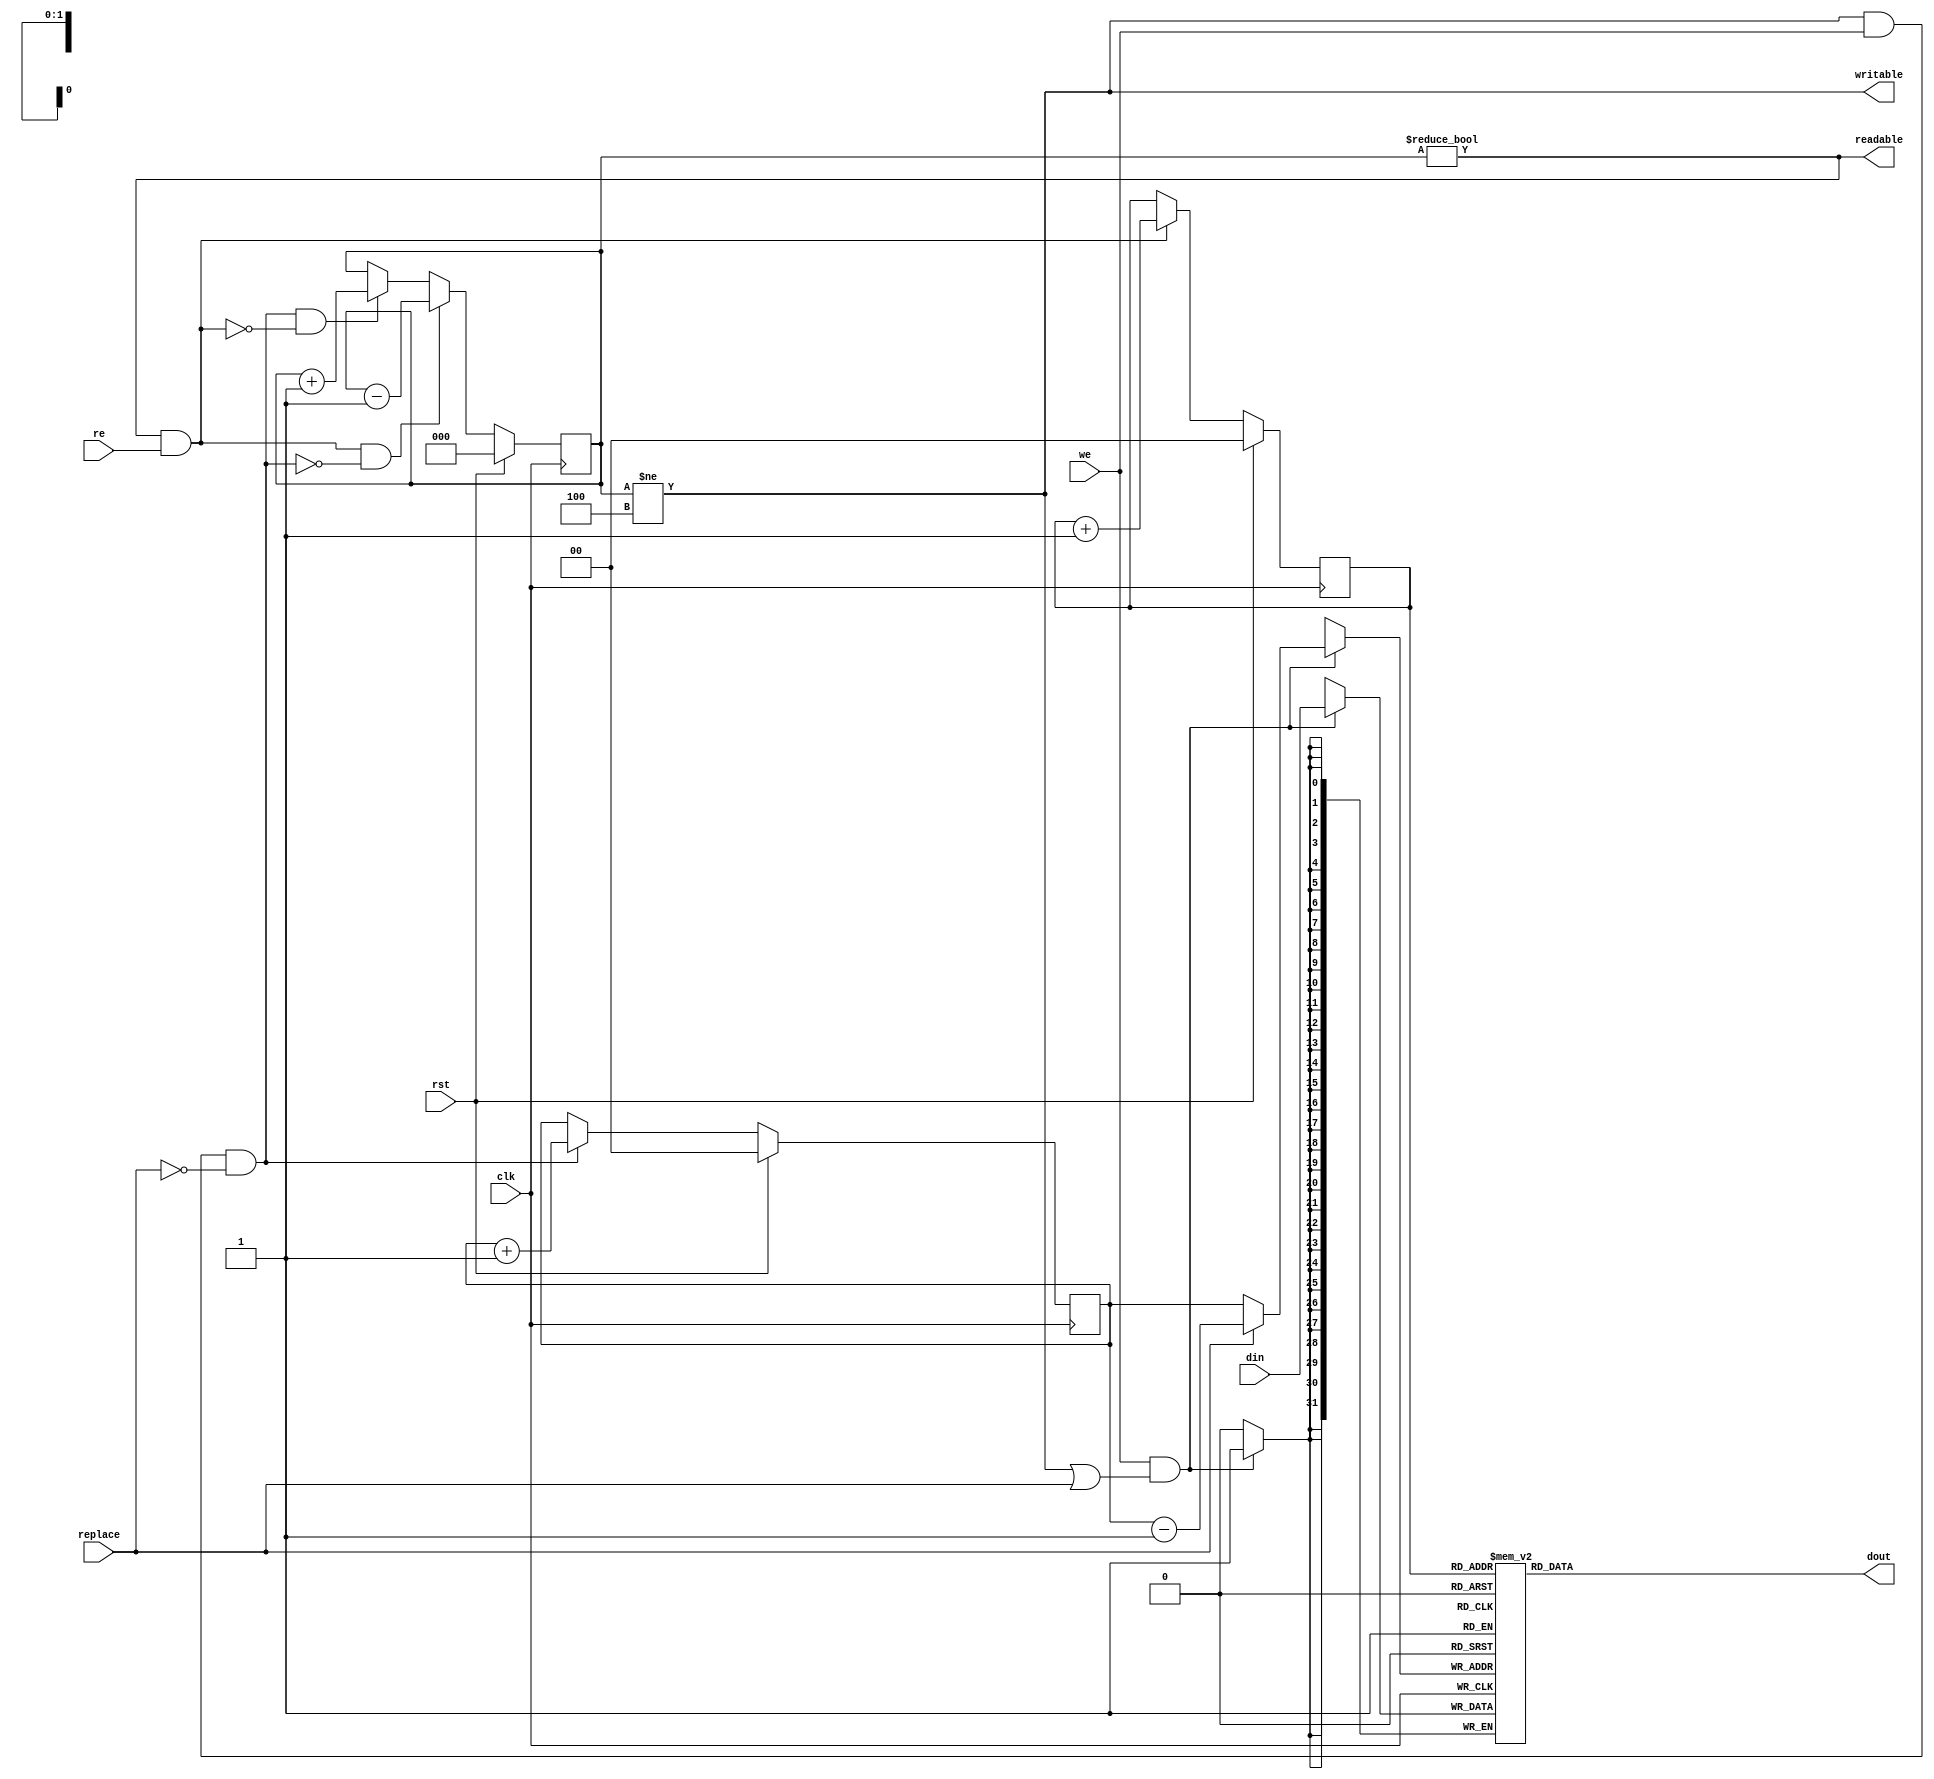
/* Generated by Yosys 0.8+     369 (git sha1 ea0e0722, clang 10.0.1 -fPIC -Os) */

(* \nmigen.hierarchy  = "top.fifo32" *)
(* generator = "nMigen" *)
module fifo32(we, replace, re, rst, clk, writable, readable, dout, din);
  wire \$11 ;
  wire \$13 ;
  wire \$15 ;
  wire \$17 ;
  wire [2:0] \$19 ;
  wire \$2 ;
  wire [2:0] \$20 ;
  wire \$22 ;
  wire [2:0] \$24 ;
  wire [2:0] \$25 ;
  wire \$27 ;
  wire \$29 ;
  wire \$31 ;
  wire \$33 ;
  wire \$34 ;
  wire \$37 ;
  wire [3:0] \$39 ;
  wire \$4 ;
  wire [3:0] \$40 ;
  wire \$42 ;
  wire \$44 ;
  wire \$45 ;
  wire \$47 ;
  wire \$49 ;
  wire \$52 ;
  wire [3:0] \$54 ;
  wire [3:0] \$55 ;
  wire [2:0] \$6 ;
  wire [2:0] \$7 ;
  wire \$9 ;
  (* src = "nmigen/lib/fifo.py:156" *)
  reg [1:0] \$next\consume ;
  (* src = "nmigen/lib/fifo.py:69" *)
  reg [31:0] \$next\dout ;
  (* src = "nmigen/lib/fifo.py:138" *)
  reg [2:0] \$next\level ;
  (* src = "nmigen/lib/fifo.py:155" *)
  reg [1:0] \$next\produce ;
  (* src = "nmigen/hdl/mem.py:81" *)
  reg [1:0] \$next\rdport_storage_r_addr ;
  (* src = "nmigen/lib/fifo.py:70" *)
  reg \$next\readable ;
  (* src = "nmigen/lib/fifo.py:66" *)
  reg \$next\writable ;
  (* src = "nmigen/hdl/mem.py:146" *)
  reg [1:0] \$next\wrport_storage_w_addr ;
  (* src = "nmigen/hdl/mem.py:148" *)
  reg [31:0] \$next\wrport_storage_w_data ;
  (* src = "nmigen/hdl/mem.py:150" *)
  reg \$next\wrport_storage_w_en ;
  (* src = "nmigen/hdl/mem.py:160" *)
  input clk;
  (* init = 2'h0 *)
  (* src = "nmigen/lib/fifo.py:156" *)
  reg [1:0] consume = 2'h0;
  (* src = "nmigen/lib/fifo.py:65" *)
  input [31:0] din;
  (* src = "nmigen/lib/fifo.py:69" *)
  output [31:0] dout;
  (* init = 3'h0 *)
  (* src = "nmigen/lib/fifo.py:138" *)
  reg [2:0] level = 3'h0;
  (* init = 2'h0 *)
  (* src = "nmigen/lib/fifo.py:155" *)
  reg [1:0] produce = 2'h0;
  (* src = "nmigen/hdl/mem.py:81" *)
  wire [1:0] rdport_storage_r_addr;
  (* src = "nmigen/hdl/mem.py:83" *)
  wire [31:0] rdport_storage_r_data;
  (* src = "nmigen/lib/fifo.py:71" *)
  input re;
  (* src = "nmigen/lib/fifo.py:70" *)
  output readable;
  (* src = "nmigen/lib/fifo.py:139" *)
  input replace;
  (* src = "nmigen/hdl/ir.py:329" *)
  input rst;
  (* src = "nmigen/lib/fifo.py:67" *)
  input we;
  (* src = "nmigen/lib/fifo.py:66" *)
  output writable;
  (* src = "nmigen/hdl/mem.py:146" *)
  wire [1:0] wrport_storage_w_addr;
  (* src = "nmigen/hdl/mem.py:148" *)
  wire [31:0] wrport_storage_w_data;
  (* src = "nmigen/hdl/mem.py:150" *)
  wire wrport_storage_w_en;
  assign \$9  = writable | (* src = "nmigen/lib/fifo.py:161" *) replace;
  assign \$11  = we & (* src = "nmigen/lib/fifo.py:161" *) \$9 ;
  assign \$13  = writable & (* src = "nmigen/lib/fifo.py:149" *) we;
  assign \$15  = ~ (* src = "nmigen/lib/fifo.py:149" *) replace;
  assign \$17  = \$13  & (* src = "nmigen/lib/fifo.py:149" *) \$15 ;
  assign \$20  = produce + (* src = "nmigen/lib/fifo.py:93" *) 1'h1;
  assign \$22  = readable & (* src = "nmigen/lib/fifo.py:148" *) re;
  assign \$25  = consume + (* src = "nmigen/lib/fifo.py:93" *) 1'h1;
  assign \$27  = writable & (* src = "nmigen/lib/fifo.py:149" *) we;
  assign \$2  = level != (* src = "nmigen/lib/fifo.py:144" *) 3'h4;
  assign \$29  = ~ (* src = "nmigen/lib/fifo.py:149" *) replace;
  assign \$31  = \$27  & (* src = "nmigen/lib/fifo.py:149" *) \$29 ;
  assign \$34  = readable & (* src = "nmigen/lib/fifo.py:148" *) re;
  assign \$33  = ~ (* src = "nmigen/lib/fifo.py:177" *) \$34 ;
  assign \$37  = \$31  & (* src = "nmigen/lib/fifo.py:177" *) \$33 ;
  assign \$40  = level + (* src = "nmigen/lib/fifo.py:178" *) 1'h1;
  assign \$42  = readable & (* src = "nmigen/lib/fifo.py:148" *) re;
  assign \$45  = writable & (* src = "nmigen/lib/fifo.py:149" *) we;
  assign \$47  = ~ (* src = "nmigen/lib/fifo.py:149" *) replace;
  assign \$4  = level != (* src = "nmigen/lib/fifo.py:145" *) 1'h0;
  assign \$49  = \$45  & (* src = "nmigen/lib/fifo.py:149" *) \$47 ;
  assign \$44  = ~ (* src = "nmigen/lib/fifo.py:179" *) \$49 ;
  assign \$52  = \$42  & (* src = "nmigen/lib/fifo.py:179" *) \$44 ;
  assign \$55  = level - (* src = "nmigen/lib/fifo.py:180" *) 1'h1;
  assign \$7  = produce - (* src = "nmigen/lib/fifo.py:100" *) 1'h1;
  always @(posedge clk)
      level <= \$next\level ;
  always @(posedge clk)
      consume <= \$next\consume ;
  always @(posedge clk)
      produce <= \$next\produce ;
  reg [31:0] storage [3:0];
  initial begin
    storage[0] = 32'd0;
    storage[1] = 32'd0;
    storage[2] = 32'd0;
    storage[3] = 32'd0;
  end
  always @(posedge clk) begin
    if (\$next\wrport_storage_w_en ) storage[\$next\wrport_storage_w_addr ] <= \$next\wrport_storage_w_data ;
  end
  assign rdport_storage_r_data = storage[\$next\rdport_storage_r_addr ];
  always @* begin
    \$next\writable  = 1'h0;
    \$next\writable  = \$2 ;
  end
  always @* begin
    \$next\readable  = 1'h0;
    \$next\readable  = \$4 ;
  end
  always @* begin
    \$next\wrport_storage_w_addr  = 2'h0;
    \$next\wrport_storage_w_addr  = produce;
    casez (replace)
      1'h1:
          \$next\wrport_storage_w_addr  = \$6 [1:0];
    endcase
  end
  always @* begin
    \$next\wrport_storage_w_data  = 32'd0;
    \$next\wrport_storage_w_data  = din;
  end
  always @* begin
    \$next\wrport_storage_w_en  = 1'h0;
    \$next\wrport_storage_w_en  = \$11 ;
  end
  always @* begin
    \$next\produce  = produce;
    casez (\$17 )
      1'h1:
          \$next\produce  = \$19 [1:0];
    endcase
    casez (rst)
      1'h1:
          \$next\produce  = 2'h0;
    endcase
  end
  always @* begin
    \$next\rdport_storage_r_addr  = 2'h0;
    \$next\rdport_storage_r_addr  = consume;
  end
  always @* begin
    \$next\dout  = 32'd0;
    \$next\dout  = rdport_storage_r_data;
  end
  always @* begin
    \$next\consume  = consume;
    casez (\$22 )
      1'h1:
          \$next\consume  = \$24 [1:0];
    endcase
    casez (rst)
      1'h1:
          \$next\consume  = 2'h0;
    endcase
  end
  always @* begin
    \$next\level  = level;
    casez (\$37 )
      1'h1:
          \$next\level  = \$39 [2:0];
    endcase
    casez (\$52 )
      1'h1:
          \$next\level  = \$54 [2:0];
    endcase
    casez (rst)
      1'h1:
          \$next\level  = 3'h0;
    endcase
  end
  assign \$6  = \$7 ;
  assign \$19  = \$20 ;
  assign \$24  = \$25 ;
  assign \$39  = \$40 ;
  assign \$54  = \$55 ;
  assign dout = \$next\dout ;
  assign rdport_storage_r_addr = \$next\rdport_storage_r_addr ;
  assign wrport_storage_w_en = \$next\wrport_storage_w_en ;
  assign wrport_storage_w_data = \$next\wrport_storage_w_data ;
  assign wrport_storage_w_addr = \$next\wrport_storage_w_addr ;
  assign readable = \$next\readable ;
  assign writable = \$next\writable ;
endmodule

(* \nmigen.hierarchy  = "top.fifo64" *)
(* generator = "nMigen" *)
module fifo64(we, replace, re, rst, clk, writable, readable, dout, din);
  wire \$11 ;
  wire \$13 ;
  wire \$15 ;
  wire \$17 ;
  wire [1:0] \$19 ;
  wire \$2 ;
  wire [1:0] \$20 ;
  wire \$22 ;
  wire [1:0] \$24 ;
  wire [1:0] \$25 ;
  wire \$27 ;
  wire \$29 ;
  wire \$31 ;
  wire \$33 ;
  wire \$34 ;
  wire \$37 ;
  wire [2:0] \$39 ;
  wire \$4 ;
  wire [2:0] \$40 ;
  wire \$42 ;
  wire \$44 ;
  wire \$45 ;
  wire \$47 ;
  wire \$49 ;
  wire \$52 ;
  wire [2:0] \$54 ;
  wire [2:0] \$55 ;
  wire [1:0] \$6 ;
  wire [1:0] \$7 ;
  wire \$9 ;
  (* src = "nmigen/lib/fifo.py:156" *)
  reg \$next\consume ;
  (* src = "nmigen/lib/fifo.py:69" *)
  reg [63:0] \$next\dout ;
  (* src = "nmigen/lib/fifo.py:138" *)
  reg [1:0] \$next\level ;
  (* src = "nmigen/lib/fifo.py:155" *)
  reg \$next\produce ;
  (* src = "nmigen/hdl/mem.py:81" *)
  reg \$next\rdport_storage_r_addr ;
  (* src = "nmigen/lib/fifo.py:70" *)
  reg \$next\readable ;
  (* src = "nmigen/lib/fifo.py:66" *)
  reg \$next\writable ;
  (* src = "nmigen/hdl/mem.py:146" *)
  reg \$next\wrport_storage_w_addr ;
  (* src = "nmigen/hdl/mem.py:148" *)
  reg [63:0] \$next\wrport_storage_w_data ;
  (* src = "nmigen/hdl/mem.py:150" *)
  reg \$next\wrport_storage_w_en ;
  (* src = "nmigen/hdl/mem.py:160" *)
  input clk;
  (* init = 1'h0 *)
  (* src = "nmigen/lib/fifo.py:156" *)
  reg consume = 1'h0;
  (* src = "nmigen/lib/fifo.py:65" *)
  input [63:0] din;
  (* src = "nmigen/lib/fifo.py:69" *)
  output [63:0] dout;
  (* init = 2'h0 *)
  (* src = "nmigen/lib/fifo.py:138" *)
  reg [1:0] level = 2'h0;
  (* init = 1'h0 *)
  (* src = "nmigen/lib/fifo.py:155" *)
  reg produce = 1'h0;
  (* src = "nmigen/hdl/mem.py:81" *)
  wire rdport_storage_r_addr;
  (* src = "nmigen/hdl/mem.py:83" *)
  wire [63:0] rdport_storage_r_data;
  (* src = "nmigen/lib/fifo.py:71" *)
  input re;
  (* src = "nmigen/lib/fifo.py:70" *)
  output readable;
  (* src = "nmigen/lib/fifo.py:139" *)
  input replace;
  (* src = "nmigen/hdl/ir.py:329" *)
  input rst;
  (* src = "nmigen/lib/fifo.py:67" *)
  input we;
  (* src = "nmigen/lib/fifo.py:66" *)
  output writable;
  (* src = "nmigen/hdl/mem.py:146" *)
  wire wrport_storage_w_addr;
  (* src = "nmigen/hdl/mem.py:148" *)
  wire [63:0] wrport_storage_w_data;
  (* src = "nmigen/hdl/mem.py:150" *)
  wire wrport_storage_w_en;
  assign \$9  = writable | (* src = "nmigen/lib/fifo.py:161" *) replace;
  assign \$11  = we & (* src = "nmigen/lib/fifo.py:161" *) \$9 ;
  assign \$13  = writable & (* src = "nmigen/lib/fifo.py:149" *) we;
  assign \$15  = ~ (* src = "nmigen/lib/fifo.py:149" *) replace;
  assign \$17  = \$13  & (* src = "nmigen/lib/fifo.py:149" *) \$15 ;
  assign \$20  = produce + (* src = "nmigen/lib/fifo.py:93" *) 1'h1;
  assign \$22  = readable & (* src = "nmigen/lib/fifo.py:148" *) re;
  assign \$25  = consume + (* src = "nmigen/lib/fifo.py:93" *) 1'h1;
  assign \$27  = writable & (* src = "nmigen/lib/fifo.py:149" *) we;
  assign \$2  = level != (* src = "nmigen/lib/fifo.py:144" *) 2'h2;
  assign \$29  = ~ (* src = "nmigen/lib/fifo.py:149" *) replace;
  assign \$31  = \$27  & (* src = "nmigen/lib/fifo.py:149" *) \$29 ;
  assign \$34  = readable & (* src = "nmigen/lib/fifo.py:148" *) re;
  assign \$33  = ~ (* src = "nmigen/lib/fifo.py:177" *) \$34 ;
  assign \$37  = \$31  & (* src = "nmigen/lib/fifo.py:177" *) \$33 ;
  assign \$40  = level + (* src = "nmigen/lib/fifo.py:178" *) 1'h1;
  assign \$42  = readable & (* src = "nmigen/lib/fifo.py:148" *) re;
  assign \$45  = writable & (* src = "nmigen/lib/fifo.py:149" *) we;
  assign \$47  = ~ (* src = "nmigen/lib/fifo.py:149" *) replace;
  assign \$4  = level != (* src = "nmigen/lib/fifo.py:145" *) 1'h0;
  assign \$49  = \$45  & (* src = "nmigen/lib/fifo.py:149" *) \$47 ;
  assign \$44  = ~ (* src = "nmigen/lib/fifo.py:179" *) \$49 ;
  assign \$52  = \$42  & (* src = "nmigen/lib/fifo.py:179" *) \$44 ;
  assign \$55  = level - (* src = "nmigen/lib/fifo.py:180" *) 1'h1;
  assign \$7  = produce - (* src = "nmigen/lib/fifo.py:100" *) 1'h1;
  always @(posedge clk)
      level <= \$next\level ;
  always @(posedge clk)
      consume <= \$next\consume ;
  always @(posedge clk)
      produce <= \$next\produce ;
  reg [63:0] storage [1:0];
  initial begin
    storage[0] = 64'h0000000000000000;
    storage[1] = 64'h0000000000000000;
  end
  always @(posedge clk) begin
    if (\$next\wrport_storage_w_en ) storage[\$next\wrport_storage_w_addr ] <= \$next\wrport_storage_w_data ;
  end
  assign rdport_storage_r_data = storage[\$next\rdport_storage_r_addr ];
  always @* begin
    \$next\writable  = 1'h0;
    \$next\writable  = \$2 ;
  end
  always @* begin
    \$next\readable  = 1'h0;
    \$next\readable  = \$4 ;
  end
  always @* begin
    \$next\wrport_storage_w_addr  = 1'h0;
    \$next\wrport_storage_w_addr  = produce;
    casez (replace)
      1'h1:
          \$next\wrport_storage_w_addr  = \$6 [0];
    endcase
  end
  always @* begin
    \$next\wrport_storage_w_data  = 64'h0000000000000000;
    \$next\wrport_storage_w_data  = din;
  end
  always @* begin
    \$next\wrport_storage_w_en  = 1'h0;
    \$next\wrport_storage_w_en  = \$11 ;
  end
  always @* begin
    \$next\produce  = produce;
    casez (\$17 )
      1'h1:
          \$next\produce  = \$19 [0];
    endcase
    casez (rst)
      1'h1:
          \$next\produce  = 1'h0;
    endcase
  end
  always @* begin
    \$next\rdport_storage_r_addr  = 1'h0;
    \$next\rdport_storage_r_addr  = consume;
  end
  always @* begin
    \$next\dout  = 64'h0000000000000000;
    \$next\dout  = rdport_storage_r_data;
  end
  always @* begin
    \$next\consume  = consume;
    casez (\$22 )
      1'h1:
          \$next\consume  = \$24 [0];
    endcase
    casez (rst)
      1'h1:
          \$next\consume  = 1'h0;
    endcase
  end
  always @* begin
    \$next\level  = level;
    casez (\$37 )
      1'h1:
          \$next\level  = \$39 [1:0];
    endcase
    casez (\$52 )
      1'h1:
          \$next\level  = \$54 [1:0];
    endcase
    casez (rst)
      1'h1:
          \$next\level  = 2'h0;
    endcase
  end
  assign \$6  = \$7 ;
  assign \$19  = \$20 ;
  assign \$24  = \$25 ;
  assign \$39  = \$40 ;
  assign \$54  = \$55 ;
  assign dout = \$next\dout ;
  assign rdport_storage_r_addr = \$next\rdport_storage_r_addr ;
  assign wrport_storage_w_en = \$next\wrport_storage_w_en ;
  assign wrport_storage_w_data = \$next\wrport_storage_w_data ;
  assign wrport_storage_w_addr = \$next\wrport_storage_w_addr ;
  assign readable = \$next\readable ;
  assign writable = \$next\writable ;
endmodule

(* \nmigen.hierarchy  = "top" *)
(* top =  1  *)
(* generator = "nMigen" *)
module top(data_in, i_busy, rst, clk, valid_out, o_busy, data_out, valid_in);
  wire \$10 ;
  wire \$12 ;
  wire \$14 ;
  wire \$16 ;
  wire \$18 ;
  wire \$2 ;
  wire \$20 ;
  wire \$22 ;
  wire \$24 ;
  wire \$26 ;
  wire \$28 ;
  wire \$30 ;
  wire \$32 ;
  wire \$4 ;
  wire \$6 ;
  wire \$8 ;
  (* src = "b64_b32.py:105" *)
  reg [31:0] \$next\buff ;
  (* src = "b64_b32.py:38" *)
  reg [31:0] \$next\data_out ;
  (* src = "nmigen/lib/fifo.py:65" *)
  reg [31:0] \$next\fifo32_din ;
  (* src = "nmigen/lib/fifo.py:71" *)
  reg \$next\fifo32_re ;
  (* src = "nmigen/lib/fifo.py:139" *)
  reg \$next\fifo32_replace ;
  (* src = "nmigen/lib/fifo.py:67" *)
  reg \$next\fifo32_we ;
  (* src = "nmigen/lib/fifo.py:65" *)
  reg [63:0] \$next\fifo64_din ;
  (* src = "nmigen/lib/fifo.py:71" *)
  reg \$next\fifo64_re ;
  (* src = "nmigen/lib/fifo.py:139" *)
  reg \$next\fifo64_replace ;
  (* src = "nmigen/lib/fifo.py:67" *)
  reg \$next\fifo64_we ;
  (* src = "nmigen/hdl/dsl.py:244" *)
  reg [1:0] \$next\fsm_state ;
  (* src = "nmigen/hdl/dsl.py:244" *)
  reg \$next\fsm_state$1 ;
  (* src = "b64_b32.py:44" *)
  reg \$next\o_busy ;
  (* src = "b64_b32.py:68" *)
  reg [63:0] \$next\reg ;
  (* src = "b64_b32.py:42" *)
  reg \$next\valid_out ;
  (* init = 32'd0 *)
  (* src = "b64_b32.py:105" *)
  reg [31:0] buff = 32'd0;
  (* src = "nmigen/hdl/mem.py:160" *)
  input clk;
  (* src = "b64_b32.py:35" *)
  input [63:0] data_in;
  (* src = "b64_b32.py:38" *)
  output [31:0] data_out;
  (* init = 32'd0 *)
  (* src = "nmigen/lib/fifo.py:65" *)
  reg [31:0] fifo32_din = 32'd0;
  (* src = "nmigen/lib/fifo.py:69" *)
  wire [31:0] fifo32_dout;
  (* src = "nmigen/lib/fifo.py:71" *)
  wire fifo32_re;
  (* src = "nmigen/lib/fifo.py:70" *)
  wire fifo32_readable;
  (* init = 1'h0 *)
  (* src = "nmigen/lib/fifo.py:139" *)
  reg fifo32_replace = 1'h0;
  (* init = 1'h0 *)
  (* src = "nmigen/lib/fifo.py:67" *)
  reg fifo32_we = 1'h0;
  (* src = "nmigen/lib/fifo.py:66" *)
  wire fifo32_writable;
  (* init = 64'h0000000000000000 *)
  (* src = "nmigen/lib/fifo.py:65" *)
  reg [63:0] fifo64_din = 64'h0000000000000000;
  (* src = "nmigen/lib/fifo.py:69" *)
  wire [63:0] fifo64_dout;
  (* init = 1'h0 *)
  (* src = "nmigen/lib/fifo.py:71" *)
  reg fifo64_re = 1'h0;
  (* src = "nmigen/lib/fifo.py:70" *)
  wire fifo64_readable;
  (* init = 1'h0 *)
  (* src = "nmigen/lib/fifo.py:139" *)
  reg fifo64_replace = 1'h0;
  (* init = 1'h0 *)
  (* src = "nmigen/lib/fifo.py:67" *)
  reg fifo64_we = 1'h0;
  (* src = "nmigen/lib/fifo.py:66" *)
  wire fifo64_writable;
  (* init = 2'h0 *)
  (* src = "nmigen/hdl/dsl.py:244" *)
  reg [1:0] fsm_state = 2'h0;
  (* init = 1'h0 *)
  (* src = "nmigen/hdl/dsl.py:244" *)
  reg \fsm_state$1  = 1'h0;
  (* src = "b64_b32.py:45" *)
  input i_busy;
  (* init = 1'h0 *)
  (* src = "b64_b32.py:44" *)
  output o_busy;
  reg o_busy = 1'h0;
  (* init = 64'h0000000000000000 *)
  (* src = "b64_b32.py:68" *)
  reg [63:0] \reg  = 64'h0000000000000000;
  (* src = "nmigen/hdl/ir.py:329" *)
  input rst;
  (* src = "b64_b32.py:41" *)
  input valid_in;
  (* src = "b64_b32.py:42" *)
  output valid_out;
  assign \$10  = fifo64_readable == (* src = "b64_b32.py:111" *) 1'h1;
  assign \$12  = \$8  & (* src = "b64_b32.py:111" *) \$10 ;
  assign \$14  = fifo32_writable == (* src = "b64_b32.py:111" *) 1'h1;
  assign \$16  = fifo64_readable == (* src = "b64_b32.py:111" *) 1'h1;
  assign \$18  = \$14  & (* src = "b64_b32.py:111" *) \$16 ;
  assign \$20  = fifo32_writable == (* src = "b64_b32.py:111" *) 1'h1;
  assign \$22  = fifo64_readable == (* src = "b64_b32.py:111" *) 1'h1;
  assign \$24  = \$20  & (* src = "b64_b32.py:111" *) \$22 ;
  assign \$26  = fifo32_writable == (* src = "b64_b32.py:111" *) 1'h1;
  assign \$28  = fifo64_readable == (* src = "b64_b32.py:111" *) 1'h1;
  assign \$2  = fifo32_writable == (* src = "b64_b32.py:111" *) 1'h1;
  assign \$30  = \$26  & (* src = "b64_b32.py:111" *) \$28 ;
  assign \$32  = i_busy == (* src = "b64_b32.py:131" *) 1'h0;
  assign \$4  = fifo64_readable == (* src = "b64_b32.py:111" *) 1'h1;
  assign \$6  = \$2  & (* src = "b64_b32.py:111" *) \$4 ;
  assign \$8  = fifo32_writable == (* src = "b64_b32.py:111" *) 1'h1;
  always @(posedge clk)
      \fsm_state$1  <= \$next\fsm_state$1 ;
  always @(posedge clk)
      fifo64_we <= \$next\fifo64_we ;
  always @(posedge clk)
      fifo64_replace <= \$next\fifo64_replace ;
  always @(posedge clk)
      fifo32_replace <= \$next\fifo32_replace ;
  always @(posedge clk)
      fifo64_re <= \$next\fifo64_re ;
  always @(posedge clk)
      fifo32_we <= \$next\fifo32_we ;
  always @(posedge clk)
      buff <= \$next\buff ;
  always @(posedge clk)
      fifo32_din <= \$next\fifo32_din ;
  always @(posedge clk)
      \reg  <= \$next\reg ;
  always @(posedge clk)
      fifo64_din <= \$next\fifo64_din ;
  always @(posedge clk)
      fsm_state <= \$next\fsm_state ;
  always @(posedge clk)
      o_busy <= \$next\o_busy ;
  fifo32 fifo32 (
    .clk(clk),
    .din(fifo32_din),
    .dout(fifo32_dout),
    .re(fifo32_re),
    .readable(fifo32_readable),
    .replace(fifo32_replace),
    .rst(rst),
    .we(fifo32_we),
    .writable(fifo32_writable)
  );
  fifo64 fifo64 (
    .clk(clk),
    .din(fifo64_din),
    .dout(fifo64_dout),
    .re(fifo64_re),
    .readable(fifo64_readable),
    .replace(fifo64_replace),
    .rst(rst),
    .we(fifo64_we),
    .writable(fifo64_writable)
  );
  always @* begin
    \$next\fifo32_replace  = fifo32_replace;
    \$next\fifo32_replace  = 1'h0;
    casez (rst)
      1'h1:
          \$next\fifo32_replace  = 1'h0;
    endcase
  end
  always @* begin
    \$next\fifo64_replace  = fifo64_replace;
    \$next\fifo64_replace  = 1'h0;
    casez (rst)
      1'h1:
          \$next\fifo64_replace  = 1'h0;
    endcase
  end
  always @* begin
    \$next\fifo64_re  = fifo64_re;
    casez (\fsm_state$1 )
      1'h0:
          casez ({ fifo32_writable, \$24  })
            2'bz1:
                \$next\fifo64_re  = 1'h1;
          endcase
      1'h1:
          \$next\fifo64_re  = 1'h0;
    endcase
    casez (rst)
      1'h1:
          \$next\fifo64_re  = 1'h0;
    endcase
  end
  always @* begin
    \$next\fsm_state$1  = \fsm_state$1 ;
    casez (\fsm_state$1 )
      1'h0:
          casez ({ fifo32_writable, \$30  })
            2'bz1:
                \$next\fsm_state$1  = 1'h1;
          endcase
      1'h1:
          casez (fifo32_writable)
            1'h1:
                \$next\fsm_state$1  = 1'h0;
          endcase
    endcase
    casez (rst)
      1'h1:
          \$next\fsm_state$1  = 1'h0;
    endcase
  end
  always @* begin
    \$next\valid_out  = 1'h0;
    \$next\valid_out  = fifo32_readable;
  end
  always @* begin
    \$next\data_out  = 32'd0;
    \$next\data_out  = fifo32_dout;
  end
  always @* begin
    \$next\fifo32_re  = 1'h0;
    \$next\fifo32_re  = \$32 ;
  end
  always @* begin
    \$next\fifo64_we  = fifo64_we;
    casez (fsm_state)
      2'h0:
          \$next\fifo64_we  = 1'h0;
      2'h1:
          casez (valid_in)
            1'h1:
                casez (fifo64_writable)
                  1'h1:
                      \$next\fifo64_we  = 1'h1;
                endcase
          endcase
      2'h2:
          casez (fifo64_writable)
            1'h1:
                \$next\fifo64_we  = 1'h1;
          endcase
    endcase
    casez (rst)
      1'h1:
          \$next\fifo64_we  = 1'h0;
    endcase
  end
  always @* begin
    \$next\o_busy  = o_busy;
    casez (fsm_state)
      2'h0:
          \$next\o_busy  = 1'h0;
      2'h1:
          casez (valid_in)
            1'h1:
                casez (fifo64_writable)
                  1'h1:
                      \$next\o_busy  = 1'h1;
                  1'hz:
                      \$next\o_busy  = 1'h1;
                endcase
          endcase
    endcase
    casez (rst)
      1'h1:
          \$next\o_busy  = 1'h0;
    endcase
  end
  always @* begin
    \$next\fsm_state  = fsm_state;
    casez (fsm_state)
      2'h0:
          \$next\fsm_state  = 2'h1;
      2'h1:
          casez (valid_in)
            1'h1:
                casez (fifo64_writable)
                  1'h1:
                      \$next\fsm_state  = 2'h0;
                  1'hz:
                      \$next\fsm_state  = 2'h2;
                endcase
          endcase
      2'h2:
          casez (fifo64_writable)
            1'h1:
                \$next\fsm_state  = 2'h0;
          endcase
    endcase
    casez (rst)
      1'h1:
          \$next\fsm_state  = 2'h0;
    endcase
  end
  always @* begin
    \$next\fifo64_din  = fifo64_din;
    casez (fsm_state)
      2'h1:
          casez (valid_in)
            1'h1:
                casez (fifo64_writable)
                  1'h1:
                      \$next\fifo64_din  = data_in;
                endcase
          endcase
      2'h2:
          casez (fifo64_writable)
            1'h1:
                \$next\fifo64_din  = \reg ;
          endcase
    endcase
  end
  always @* begin
    \$next\reg  = \reg ;
    casez (fsm_state)
      2'h1:
          casez (valid_in)
            1'h1:
                casez (fifo64_writable)
                  1'h1:
                      /* empty */;
                  1'hz:
                      \$next\reg  = data_in;
                endcase
          endcase
    endcase
    casez (rst)
      1'h1:
          \$next\reg  = 64'h0000000000000000;
    endcase
  end
  always @* begin
    \$next\fifo32_din  = fifo32_din;
    casez (\fsm_state$1 )
      1'h0:
          casez ({ fifo32_writable, \$6  })
            2'bz1:
                \$next\fifo32_din  = fifo64_dout[63:32];
          endcase
      1'h1:
          casez (fifo32_writable)
            1'h1:
                \$next\fifo32_din  = buff;
          endcase
    endcase
  end
  always @* begin
    \$next\buff  = buff;
    casez (\fsm_state$1 )
      1'h0:
          casez ({ fifo32_writable, \$12  })
            2'bz1:
                \$next\buff  = fifo64_dout[31:0];
          endcase
    endcase
    casez (rst)
      1'h1:
          \$next\buff  = 32'd0;
    endcase
  end
  always @* begin
    \$next\fifo32_we  = fifo32_we;
    casez (\fsm_state$1 )
      1'h0:
          casez ({ fifo32_writable, \$18  })
            2'bz1:
                \$next\fifo32_we  = 1'h1;
            2'b1z:
                \$next\fifo32_we  = 1'h0;
          endcase
    endcase
    casez (rst)
      1'h1:
          \$next\fifo32_we  = 1'h0;
    endcase
  end
  assign fifo32_re = \$next\fifo32_re ;
  assign data_out = \$next\data_out ;
  assign valid_out = \$next\valid_out ;
endmodule